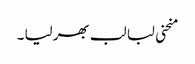
منحنی لبا لب بھر لیا ۔